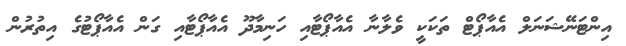
އިންޓަނޭޝަނަލް އެއާޕޯޓް ތަކަކީ ވެލާނާ އެއާޕޯޓާއި ހަނިމާދޫ އެއާޕޯޓާއި ގަން އެއާޕޯޓުގެ އިތުރުން